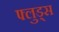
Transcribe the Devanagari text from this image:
फ्लुड्स